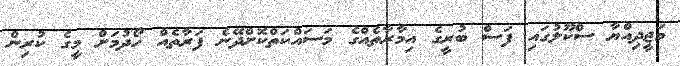
މަޖީދިއްޔާ ސްކޫލުގައި ފަސް ބުރީގެ އިމާރާތެއްގެ މަސައްކަތްކޮށްދޭނެ ފަރާތެއް ހޯދުމަށް މީގެ ކުރިން